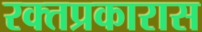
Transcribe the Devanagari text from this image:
रक्तप्रकारास